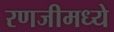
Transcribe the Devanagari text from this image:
रणजीमध्ये